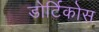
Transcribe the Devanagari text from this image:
डोर्टिकोस